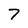
Character: 7